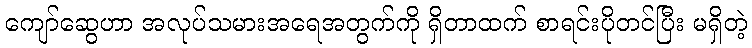
ကျော်ဆွေဟာ အလုပ်သမားအရေအတွက်ကို ရှိတာထက် စာရင်းပိုတင်ပြီး မရှိတဲ့